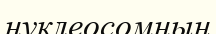
нуклеосомның